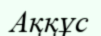
Аққұс